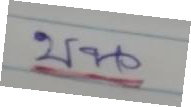
บน